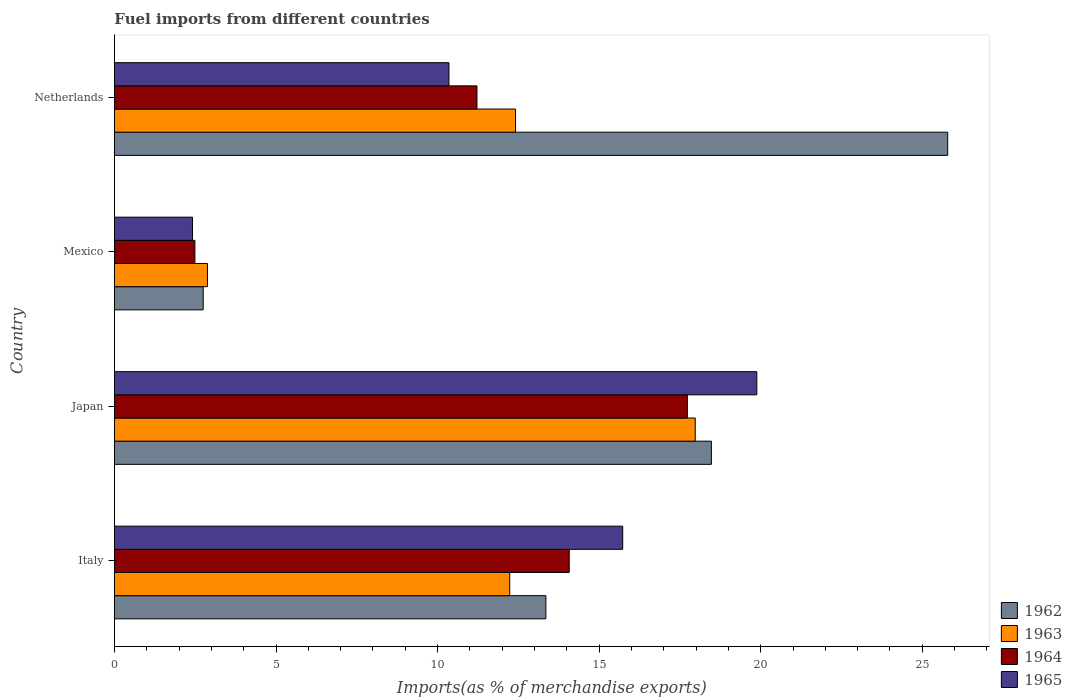
| Country | 1962 | 1963 | 1964 | 1965 |
 | --- | --- | --- | --- | --- |
 | Italy | 13.4 | 12.2 | 14.1 | 15.7 |
 | Japan | 18.5 | 18 | 17.7 | 19.9 |
 | Mexico | 2.75 | 2.88 | 2.49 | 2.42 |
 | Netherlands | 25.8 | 12.4 | 11.2 | 10.4 |